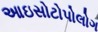
આઇસોટોપોલોગ